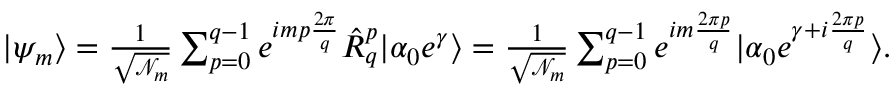
\begin{array} { r } { | \psi _ { m } \rangle = \frac { 1 } { \sqrt { \mathcal { N } _ { m } } } \sum _ { p = 0 } ^ { q - 1 } e ^ { i m p \frac { 2 \pi } { q } } \hat { R } _ { q } ^ { p } | \alpha _ { 0 } e ^ { \gamma } \rangle = \frac { 1 } { \sqrt { \mathcal { N } _ { m } } } \sum _ { p = 0 } ^ { q - 1 } e ^ { i m \frac { 2 \pi p } { q } } | \alpha _ { 0 } e ^ { \gamma + i \frac { 2 \pi p } { q } } \rangle . } \end{array}